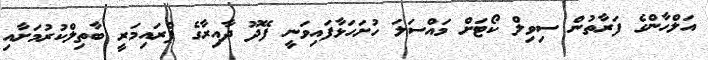
އަލްހާންގެ ފަރާތުން ސިވިލް ކޯޓަށް މައްސަލަ ހުށަހަޅާފައިވަނީ ފޭދޫ ދާއިރާގެ ޕްރައިމަރީ ބާތިލްކުރުމަށާއި